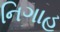
નિગાહ